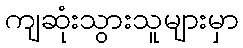
ကျဆုံးသွားသူများမှာ